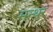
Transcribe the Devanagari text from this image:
मन्थर